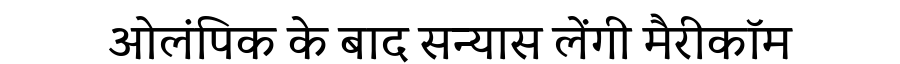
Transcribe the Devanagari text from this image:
ओलंपिक के बाद सन्यास लेंगी मैरीकॉम